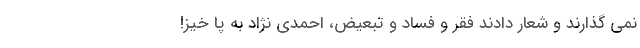
نمی گذارند و شعار دادند فقر و فساد و تبعیض، احمدی نژاد به پا خیز!